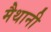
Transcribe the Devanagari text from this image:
मैथानी